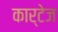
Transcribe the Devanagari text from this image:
कार्टेज